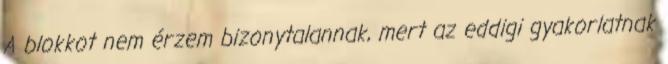
A blokkot nem érzem bizonytalannak, mert az eddigi gyakorlatnak